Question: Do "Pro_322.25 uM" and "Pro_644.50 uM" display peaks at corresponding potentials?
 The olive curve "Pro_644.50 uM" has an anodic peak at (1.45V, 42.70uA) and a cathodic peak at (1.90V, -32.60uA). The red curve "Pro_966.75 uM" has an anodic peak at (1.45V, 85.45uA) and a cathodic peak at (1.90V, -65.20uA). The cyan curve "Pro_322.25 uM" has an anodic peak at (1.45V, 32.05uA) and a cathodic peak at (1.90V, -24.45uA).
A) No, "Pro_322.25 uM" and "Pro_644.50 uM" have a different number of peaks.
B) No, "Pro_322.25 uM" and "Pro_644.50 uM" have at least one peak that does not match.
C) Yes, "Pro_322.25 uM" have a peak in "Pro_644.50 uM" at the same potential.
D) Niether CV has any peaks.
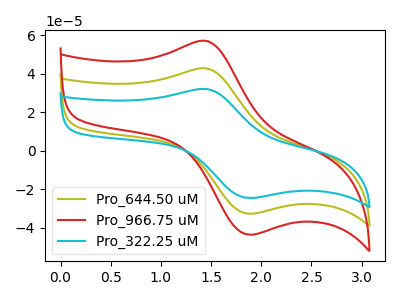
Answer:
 <answer>C) Yes, "Pro_322.25 uM" have a peak in "Pro_644.50 uM" at the same potential.</answer>
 <eval>C</eval>